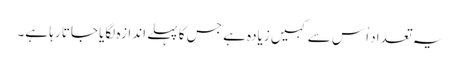
یہ تعداد اُس سے کہیں زیادہ ہے جس کا پہلے اندازہ لگایا جاتا رہا ہے۔